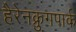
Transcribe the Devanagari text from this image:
हैरेनक्रुगपार्क